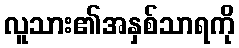
လူသား၏အနှစ်သာရကို